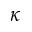
\kappa